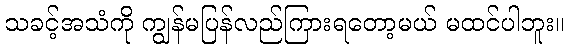
သခင့်အသံကို ကျွန်မပြန်လည်ကြားရတော့မယ် မထင်ပါဘူး။